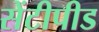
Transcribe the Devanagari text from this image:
सेंटीपीड